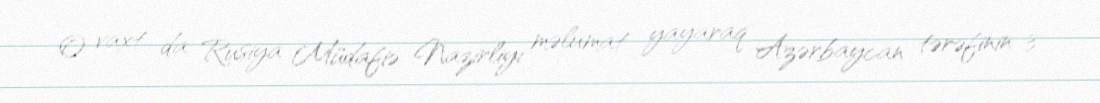
O vaxt da Rusiya Müdafiə Nazirliyi məlumat yayaraq Azərbaycan tərəfinin 3